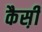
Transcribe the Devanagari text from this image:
कैस़ी